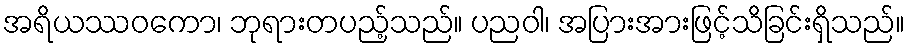
အရိယဿဝကော၊ ဘုရားတပည့်သည်။ ပညဝါ၊ အပြားအားဖြင့်သိခြင်းရှိသည်။